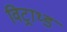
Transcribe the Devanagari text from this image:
विट्राथ्ड